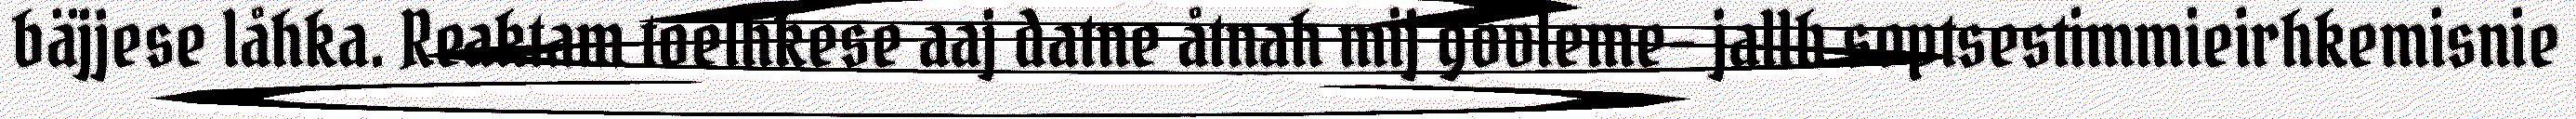
bäjjese låhka. Reaktam toelhkese aaj datne åtnah mij govleme- jallh soptsestimmieirhkemisnie